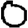
Digit: 0